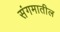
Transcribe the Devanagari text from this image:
संगमातील